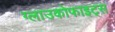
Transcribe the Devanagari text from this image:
ग्लाउकोफाइट्स